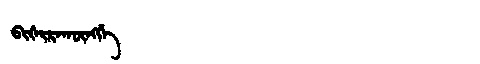
Manchu: ᠪᡳᡧᡳᡵᠠᡴᡡᠩᡤᡝ
Romanization: BIŠIRAKŪNGGE